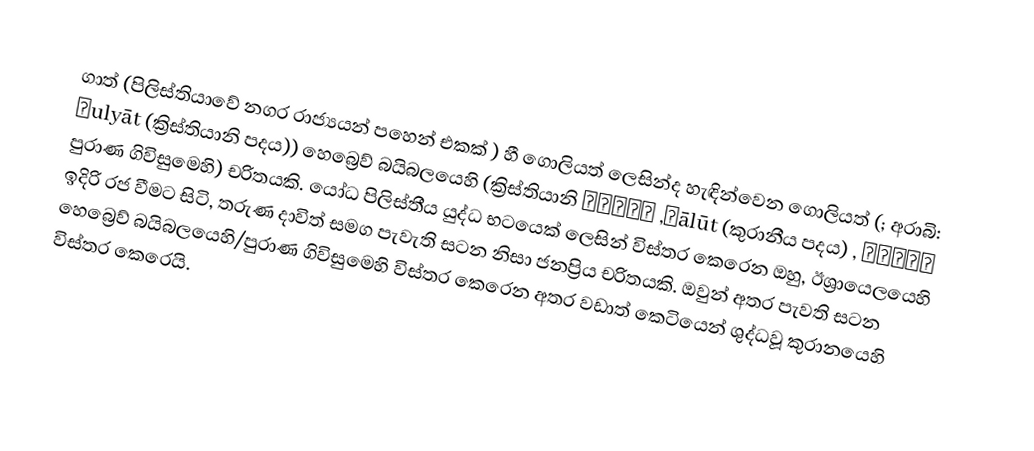
ගාත්  (පිලිස්තියාවේ නගර රාජ්‍යයන් පහෙන් එකක් ) හී ගොලියත් ලෙසින්ද හැඳින්වෙන  ගොලියත් (; අරාබි: جالوت , Ǧālūt (කුරානීය පදය), جليات Ǧulyāt (ක්‍රිස්තියානි පදය)) හෙබ්‍රෙව් බයිබලයෙහි (ක්‍රිස්තියානි පුරාණ ගිවිසුමෙහි) චරිතයකි. යෝධ පිලිස්තීය යුද්ධ භටයෙක් ලෙසින් විස්තර කෙරෙන ඔහු, ඊශ්‍රායෙලයෙහි ඉදිරි රජ වීමට සිටි, තරුණ දාවිත් සමග පැවැති සටන නිසා ජනප්‍රිය චරිතයකි. ඔවුන් අතර පැවති සටන හෙබ්‍රෙව් බයිබලයෙහි/පුරාණ ගිවිසුමෙහි විස්තර කෙරෙන අතර වඩාත් කෙටියෙන්  ශුද්ධවූ කුරානයෙහි විස්තර කෙරෙයි.